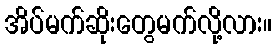
အိပ်မက်ဆိုးတွေမက်လို့လား။